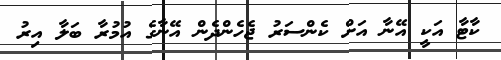
ކާޓާ އަކީ އޭނާ އަށް ކެންސަރު ޖެހެންދެން އޭނާގެ އުމުރާ ބަލާ އިރު